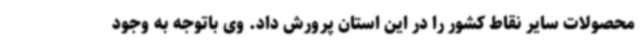
محصولات سایر نقاط کشور را در این استان پرورش داد. وی باتوجه به وجود